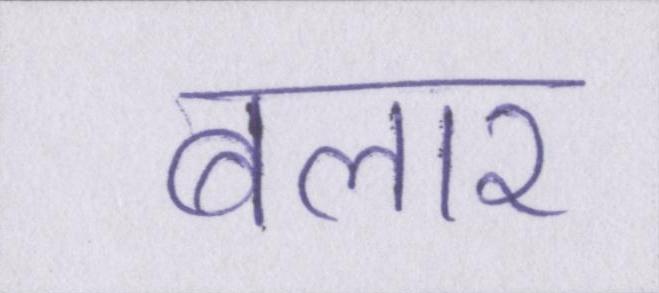
बलार